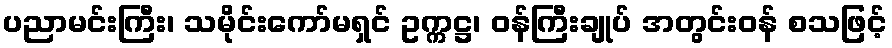
ပညာမင်းကြီး၊ သမိုင်းကော်မရှင် ဥက္ကဋ္ဌ၊ ဝန်ကြီးချုပ် အတွင်းဝန် စသဖြင့်